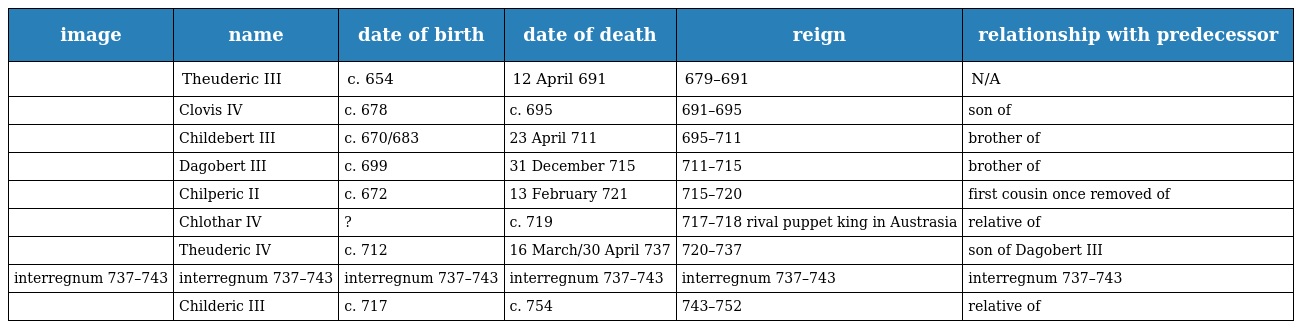
| image | name | date of birth | date of death | reign | relationship with predecessor |
 | --- | --- | --- | --- | --- | --- |
 |  | Theuderic III | c. 654 | 12 April 691 | 679–691 | N/A |
 |  | Clovis IV | c. 678 | c. 695 | 691–695 | son of |
 |  | Childebert III | c. 670/683 | 23 April 711 | 695–711 | brother of |
 |  | Dagobert III | c. 699 | 31 December 715 | 711–715 | brother of |
 |  | Chilperic II | c. 672 | 13 February 721 | 715–720 | first cousin once removed of |
 |  | Chlothar IV | ? | c. 719 | 717–718 rival puppet king in Austrasia | relative of |
 |  | Theuderic IV | c. 712 | 16 March/30 April 737 | 720–737 | son of Dagobert III |
 | interregnum 737–743 | interregnum 737–743 | interregnum 737–743 | interregnum 737–743 | interregnum 737–743 | interregnum 737–743 |
 |  | Childeric III | c. 717 | c. 754 | 743–752 | relative of |